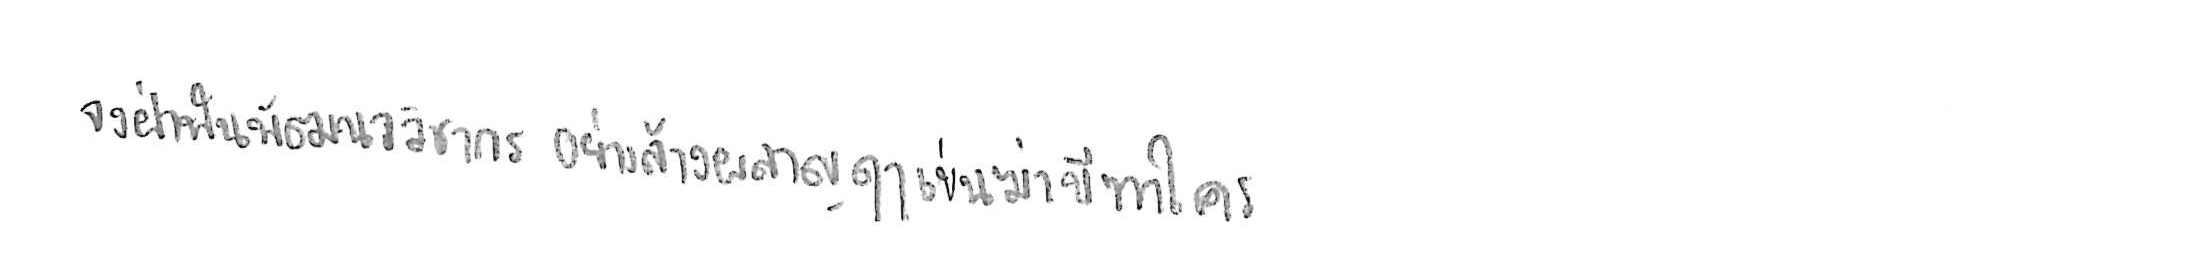
จงฝ่าฟันพัฒนาวิชาการ อย่าล้างผลาญฤๅเข่นฆ่าบีฑาใคร